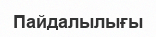
Пайдалылығы